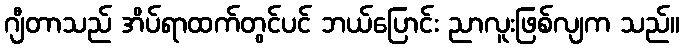
ဂျီတာသည် အိပ်ရာထက်တွင်ပင် ဘယ်ပြောင်း ညာလူးဖြစ်လျက သည်။